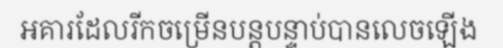
អគារដែលរីកចម្រើនបន្តបន្ទាប់បានលេចឡើង